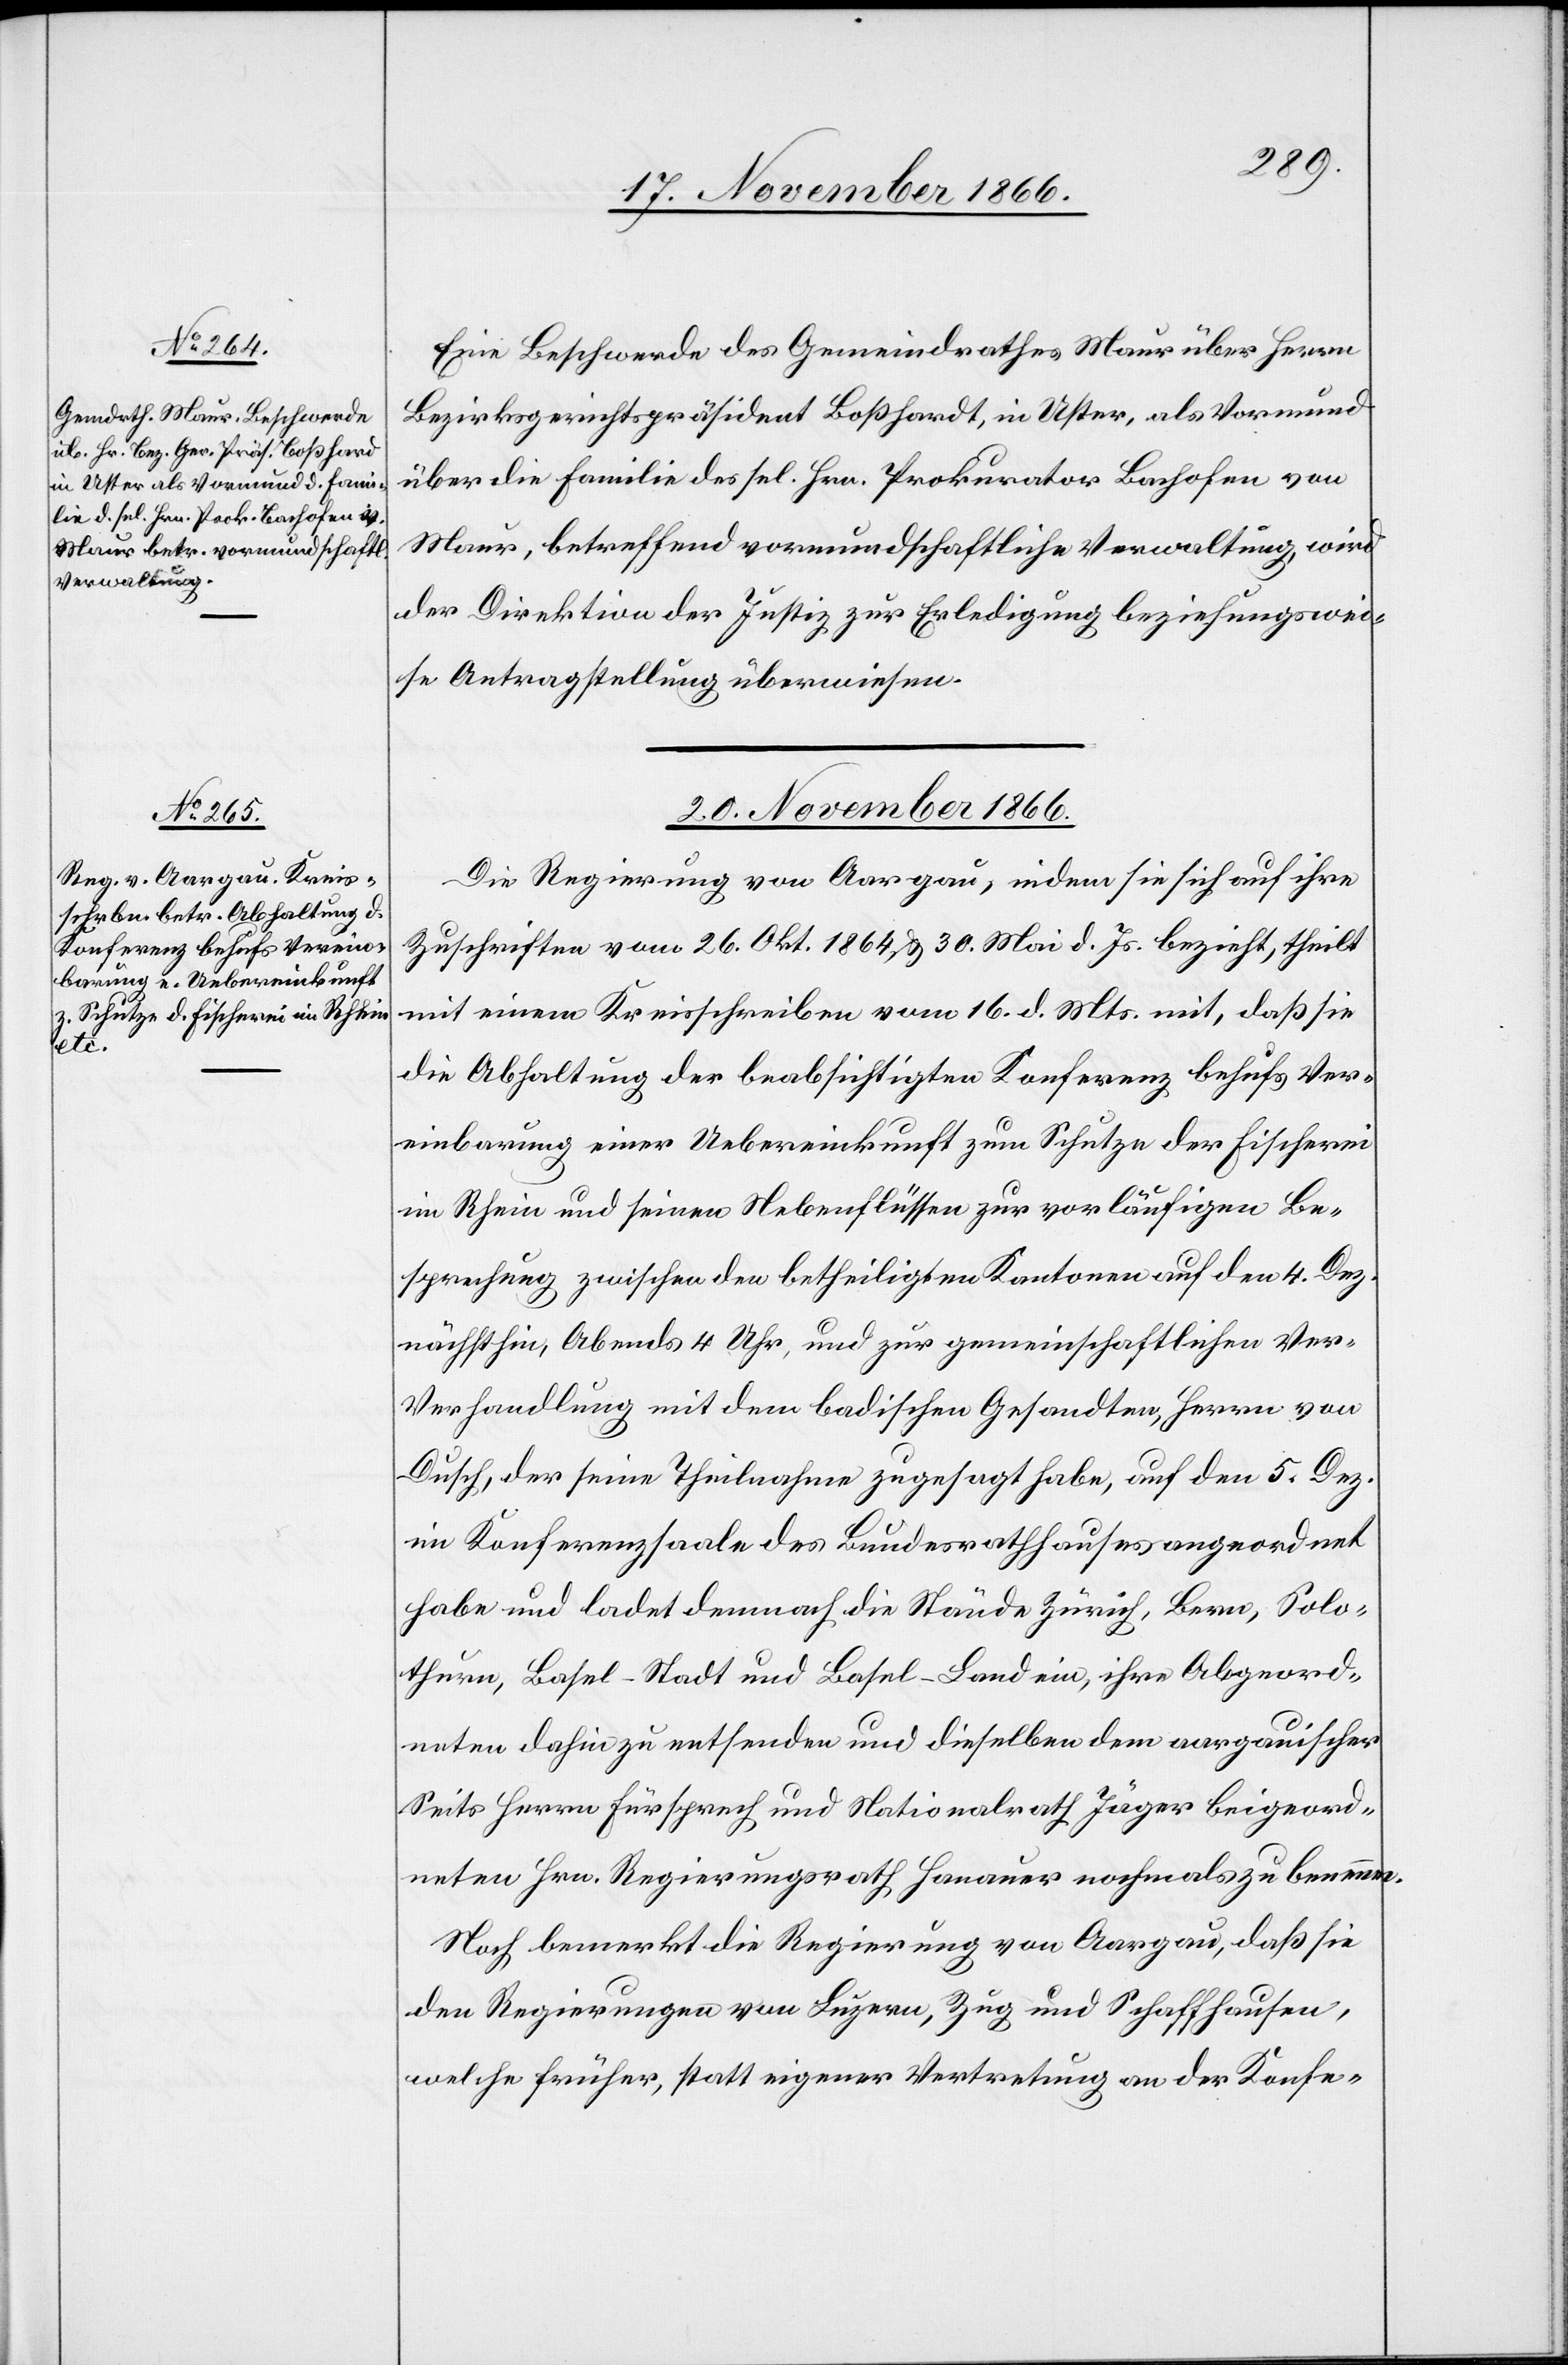
19. November 1866.]
Eine Beschwerde des Gemeindrathes Maur über Herrn
Bezirksgerichtspräsident Boßhardt [sic!], in Uster, als Vormund
über die Familie des sel. Hrn. Prokurator Bachofen von
Maur, betreffend vormundschaftliche Verwaltung, wird
der Direktion der Justiz zur Erledigung beziehungswei¬
se Antragstellung überwiesen.
20. November 1866.
Die Regierung von Aargau, indem sie sich auf ihre
Zuschriften vom 26. Okt. 1864 & 30. Mai d. Js. bezieht, theilt
mit einem Kreisschreiben vom 16. d. Mts. mit, daß sie
die Abhaltung der beabsichtigten Konferenz behufs Ver¬
einbarung einer Uebereinkunft zum Schutze der Fischerei
im Rhein und seinen Nebenflüssen zur vorläufigen Be¬
sprechung zwischen den betheiligten Kantonen auf den 4. Dez.
nächsthin, Abends 4 Uhr, und zur gemeinschaftlichen Ver-V¬
erhandlung [sic!] mit dem badischen Gesandten, Herrn von
Dusch, der seine Theilnahme zugesagt habe, auf den 5. Dez.
im Konferenzsaale des Bundesrathhauses angeordnet
habe und ladet demnach die Stände Zürich, Bern, Solo¬
thurn, Basel-Stadt und Basel-Land ein, ihre Abgeord¬
neten dahin zu entsenden und dieselben dem aargauischer
Seits Herrn Fürsprech und Nationalrath Jäger beigeord¬
neten Hrn. Regierungsrath Hanauer nochmals zu benennen.
Noch bemerkt die Regierung von Aargau, daß sie
den Regierungen von Luzern, Zug und Schaffhausen,
welche früher, statt eigener Vertretung an der Konfe-